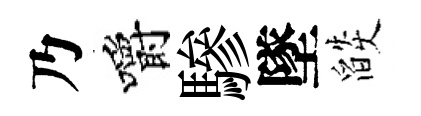
乃嚼驂墜燄